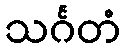
သင်္ဂတံ